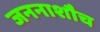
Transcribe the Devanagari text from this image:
जननाशौच